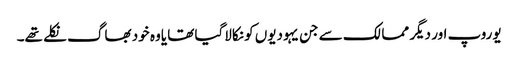
یوروپ اور دیگر ممالک سے جن یہودیوں کو نکالاگیا تھا یاوہ خود بھاگ نکلے تھے۔